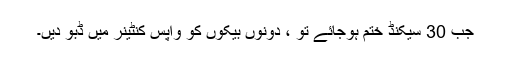
جب 30 سیکنڈ ختم ہوجائے تو ، دونوں بیکوں کو واپس کنٹینر میں ڈبو دیں۔